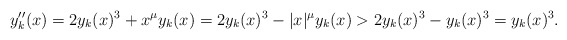
\begin{align*} y_k''(x)=2y_k(x)^3+x^\mu y_k(x)=2y_k(x)^3-|x|^\mu y_k(x)>2y_k(x)^3-y_k(x)^3=y_k(x)^3. \end{align*}